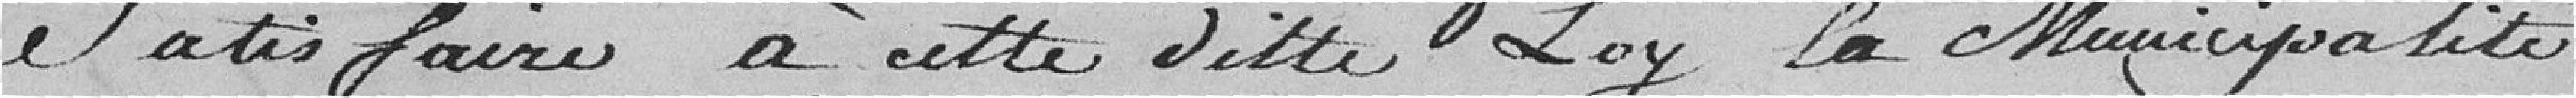
satisfaire à cette ditte loy la Municipalité